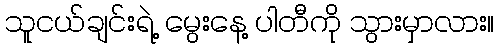
သူငယ်ချင်းရဲ့ မွေးနေ့ ပါတီကို သွားမှာလား။